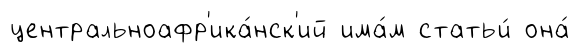
центральноафр'ика́нск'ий има́м статьи́ она́